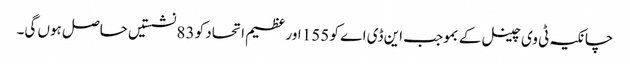
چانکیہ ٹی وی چینل کے بموجب این ڈی اے کو 155 اور عظیم اتحاد کو 83 نشستیں حاصل ہوں گی۔